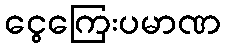
ငွေကြေးပမာဏ